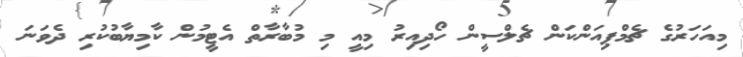
މިއަހަރުގެ ޗެމްޕިއަންކަން ޗެލްސީން ހޯދިއިރު މިއީ މި މުބާރާތް އެޓީމުން ކާމިޔާބުކުރި ދެވަނަ